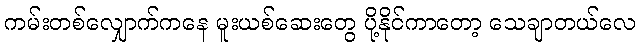
ကမ်းတစ်လျှောက်ကနေ မူးယစ်ဆေးတွေ ပို့နိုင်ကာတော့ သေချာတယ်လေ